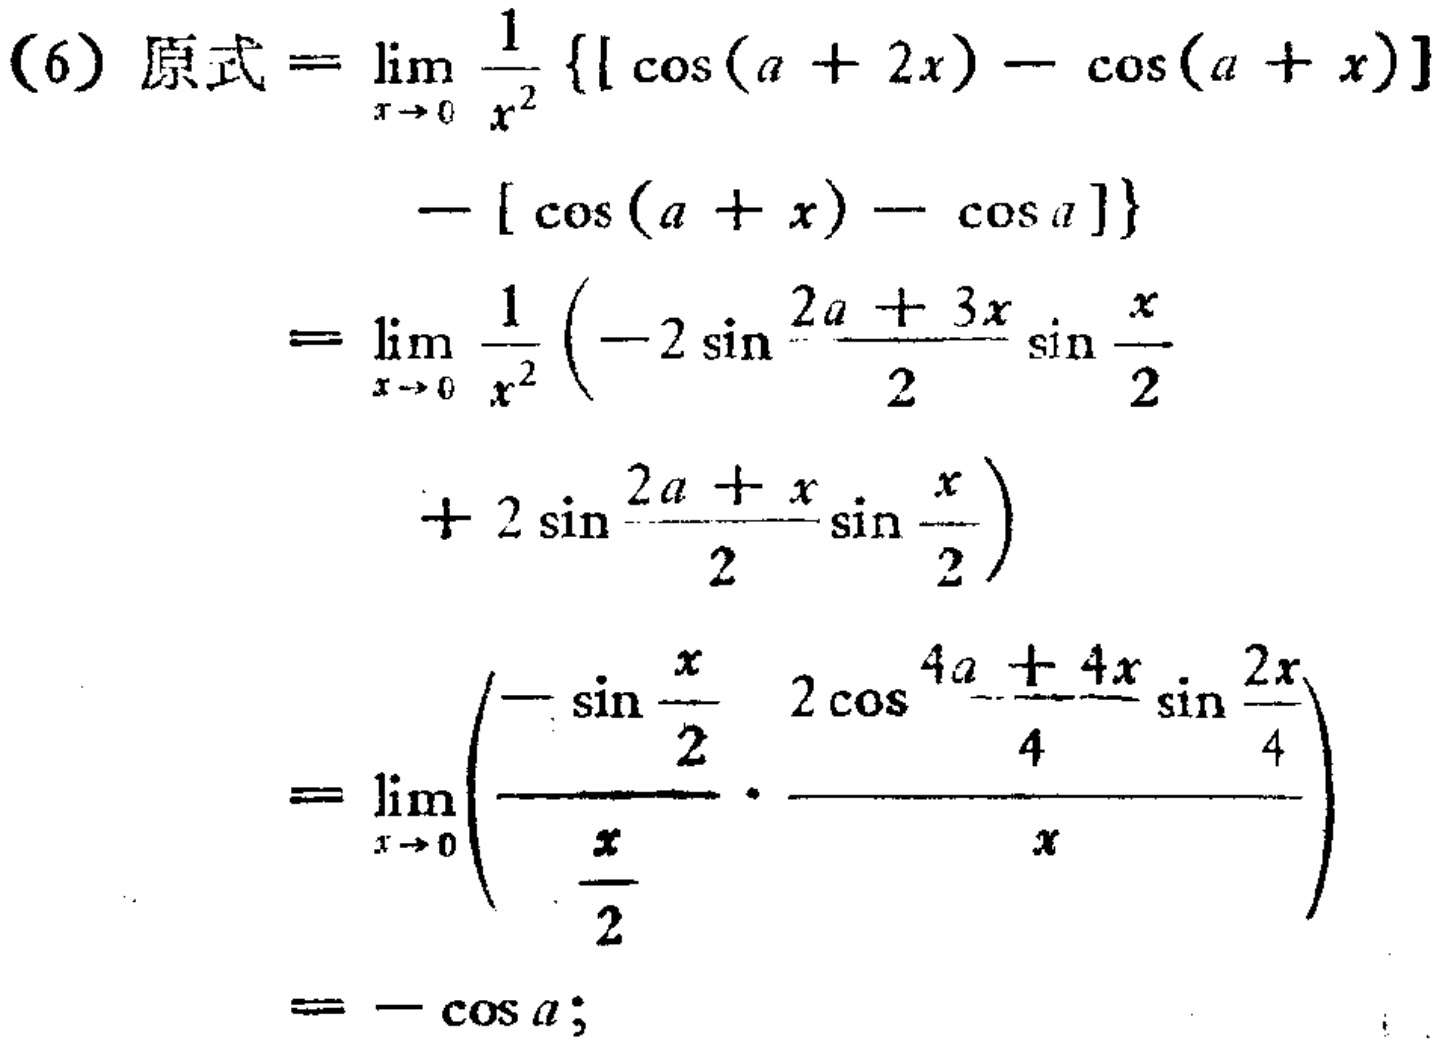
\[
\begin{align*}
(6)\ 原式&=\lim_{x \to 0} \frac{1}{x^{2}} \{[\cos(a + 2x)-\cos(a + x)]\\
&-[\cos(a + x)-\cos a]\}\\
&=\lim_{x \to 0} \frac{1}{x^{2}} \left(-2\sin\frac{2a + 3x}{2}\sin\frac{x}{2}+ 2\sin\frac{2a + x}{2}\sin\frac{x}{2}\right)\\
&=\lim_{x \to 0} \left(\frac{-\sin\frac{x}{2}}{\frac{x}{2}}\cdot\frac{2\cos\frac{4a + 4x}{4}\sin\frac{2x}{4}}{x}\right)\\
&=-\cos a;
\end{align*}
\]